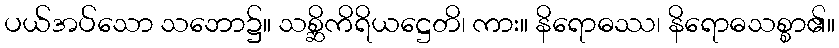
ပယ်အပ်သော သဘော၌။ သစ္ဆိကိရိယဋ္ဌေတိ၊ ကား။ နိရောဓဿ၊ နိရောဓသစ္စာ၏။